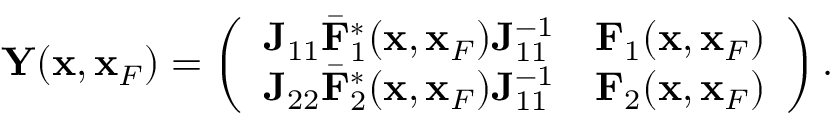
\begin{array} { r } { { \bf Y } ( { \bf x } , { \bf x } _ { F } ) = \left( \begin{array} { l l } { { \bf J } _ { 1 1 } { { \bar { \bf F } } } _ { 1 } ^ { * } ( { \bf x } , { \bf x } _ { F } ) { \bf J } _ { 1 1 } ^ { - 1 } } & { { \bf F } _ { 1 } ( { \bf x } , { \bf x } _ { F } ) } \\ { { \bf J } _ { 2 2 } { { \bar { \bf F } } } _ { 2 } ^ { * } ( { \bf x } , { \bf x } _ { F } ) { \bf J } _ { 1 1 } ^ { - 1 } } & { { \bf F } _ { 2 } ( { \bf x } , { \bf x } _ { F } ) } \end{array} \right) . } \end{array}